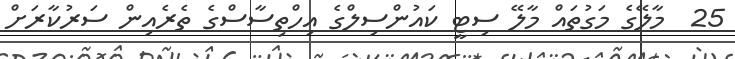
25  މާލޭގެ މަގުތައް މާލޭ ސިޓީ ކައުންސިލްގެ އިހްތިސާސްގެ ތެރެއިން ސަރުކާރަށް